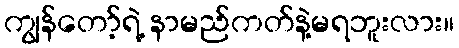
ကျွန်တော့်ရဲ့ နာမည်ကတ်နဲ့မရဘူးလား။